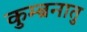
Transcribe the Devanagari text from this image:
कुम्ब्रनातु